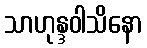
သာဟုန္ဒဝါသိနော